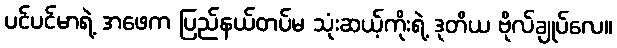
ပင်ပင်မာရဲ့ အဖေက ပြည်နယ်တပ်မ သုံးဆယ့်ကိုးရဲ့ ဒုတိယ ဗိုလ်ချုပ်လေ။